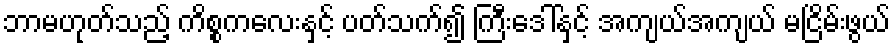
ဘာမဟုတ်သည့် ကိစ္စကလေးနှင့် ပတ်သက်၍ ကြီးဒေါ်နှင့် အကျယ်အကျယ် မငြိမ်းဖွယ်